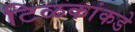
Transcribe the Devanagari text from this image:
टिळकांकडे